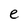
Character: e